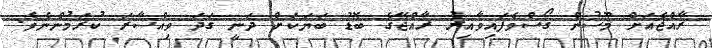
ރާއްޖެއަށް މޫސުން ގޯސްވެފައިވާއިރު ރާއްޖޭގެ ބޮޑު ބަޔަކަށް ދަނީ ގަދަ ވިއްސާރަ ކުރަމުންނެވެ.